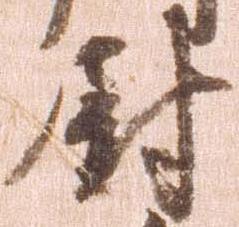
尉